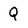
Character: Q